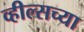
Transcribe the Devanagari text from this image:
व्हील्सच्या